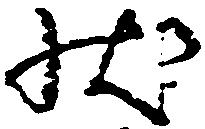
状